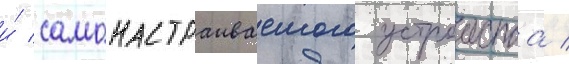
и́ самонастраиваемого устроиства /